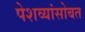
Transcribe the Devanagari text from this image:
पेशव्यांसोबत